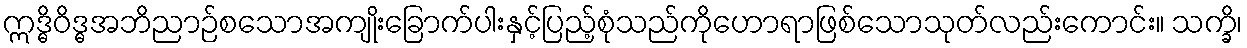
ဣဒ္ဓိဝိဒ္ဓအဘိညာဉ်စသောအကျိုးခြောက်ပါးနှင့်ပြည့်စုံသည်ကိုဟောရာဖြစ်သောသုတ်လည်းကောင်း။ သက္ခိ၊